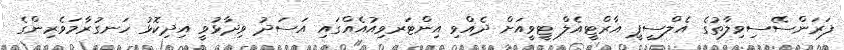
ފަރަންސޭސިވިލާތުގެ އެލްސީޕީ އާރްޓީއެލް ޓީވީއަށް ދެއްވި އިންޓަރވިއުއެއްގައި އަސަދު ވިދާޅުވީ އިދިކޮޅު ހަނގުރާމަވެރިންގެ